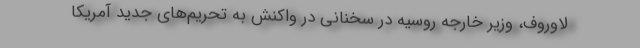
لاوروف، وزیر خارجه روسیه در سخنانی در واکنش به تحریم‌های جدید آمریکا